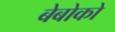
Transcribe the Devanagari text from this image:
बेबोको